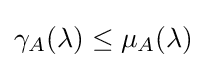
\gamma _{A}(\lambda )\leq \mu _{A}(\lambda )